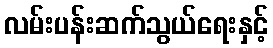
လမ်းပန်းဆက်သွယ်ရေးနှင့်